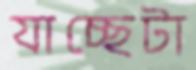
যাচ্ছেটা